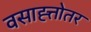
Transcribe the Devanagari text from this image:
वसाह्त्तोतर